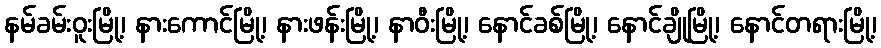
နမ်ခမ်းဝူးမြို့၊ နားကောင်မြို့၊ နားဖန်းမြို့၊ နာဝီးမြို့၊ နောင်ခစ်မြို့၊ နောင်ချိုမြို့၊ နောင်တရားမြို့၊